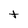
Character: t